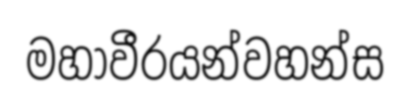
මහාවීරයන්වහන්ස